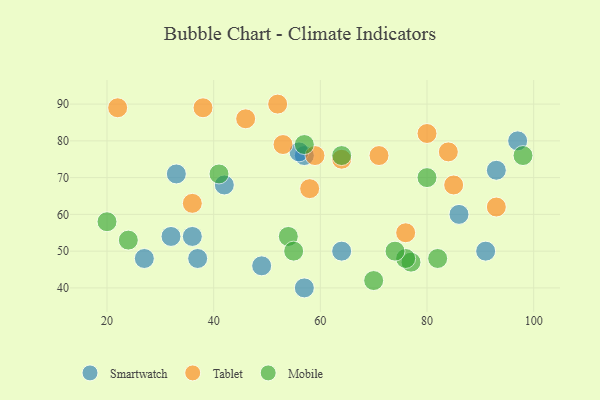
{"axis": {"x": "GDP", "y": "Life Expectancy"}, "legend": ["Mobile", "Smartwatch", "Tablet"], "data": [{"x": "64", "y": 50, "type": "Smartwatch"}, {"x": "33", "y": 71, "type": "Smartwatch"}, {"x": "57", "y": 40, "type": "Smartwatch"}, {"x": "32", "y": 54, "type": "Smartwatch"}, {"x": "42", "y": 68, "type": "Smartwatch"}, {"x": "49", "y": 46, "type": "Smartwatch"}, {"x": "86", "y": 60, "type": "Smartwatch"}, {"x": "36", "y": 54, "type": "Smartwatch"}, {"x": "93", "y": 72, "type": "Smartwatch"}, {"x": "27", "y": 48, "type": "Smartwatch"}, {"x": "57", "y": 76, "type": "Smartwatch"}, {"x": "37", "y": 48, "type": "Smartwatch"}, {"x": "56", "y": 77, "type": "Smartwatch"}, {"x": "91", "y": 50, "type": "Smartwatch"}, {"x": "97", "y": 80, "type": "Smartwatch"}, {"x": "52", "y": 90, "type": "Tablet"}, {"x": "38", "y": 89, "type": "Tablet"}, {"x": "76", "y": 55, "type": "Tablet"}, {"x": "64", "y": 75, "type": "Tablet"}, {"x": "22", "y": 89, "type": "Tablet"}, {"x": "80", "y": 82, "type": "Tablet"}, {"x": "59", "y": 76, "type": "Tablet"}, {"x": "85", "y": 68, "type": "Tablet"}, {"x": "71", "y": 76, "type": "Tablet"}, {"x": "36", "y": 63, "type": "Tablet"}, {"x": "53", "y": 79, "type": "Tablet"}, {"x": "46", "y": 86, "type": "Tablet"}, {"x": "84", "y": 77, "type": "Tablet"}, {"x": "93", "y": 62, "type": "Tablet"}, {"x": "58", "y": 67, "type": "Tablet"}, {"x": "24", "y": 53, "type": "Mobile"}, {"x": "80", "y": 70, "type": "Mobile"}, {"x": "54", "y": 54, "type": "Mobile"}, {"x": "77", "y": 47, "type": "Mobile"}, {"x": "76", "y": 48, "type": "Mobile"}, {"x": "41", "y": 71, "type": "Mobile"}, {"x": "20", "y": 58, "type": "Mobile"}, {"x": "82", "y": 48, "type": "Mobile"}, {"x": "64", "y": 76, "type": "Mobile"}, {"x": "57", "y": 79, "type": "Mobile"}, {"x": "55", "y": 50, "type": "Mobile"}, {"x": "74", "y": 50, "type": "Mobile"}, {"x": "70", "y": 42, "type": "Mobile"}, {"x": "98", "y": 76, "type": "Mobile"}]}